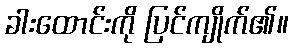
ခါးထောင်းကို ပြင်ကျိုက်၏။